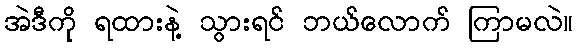
အဲဒီကို ရထားနဲ့ သွားရင် ဘယ်လောက် ကြာမလဲ။